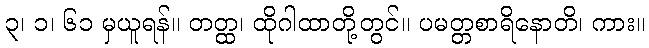
၃၊ ၁၊ ၆၁ မှယူရန်။ တတ္ထ၊ ထိုဂါထာတို့တွင်။ ပမတ္တစာရိနောတိ၊ ကား။